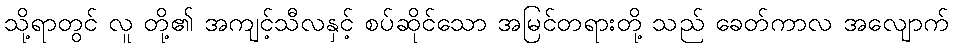
သို့ရာတွင် လူ တို့၏ အကျင့်သီလနှင့် စပ်ဆိုင်သော အမြင်တရားတို့ သည် ခေတ်ကာလ အလျောက်